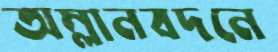
অম্লানবদনে